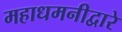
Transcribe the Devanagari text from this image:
महाधमनीद्वारे